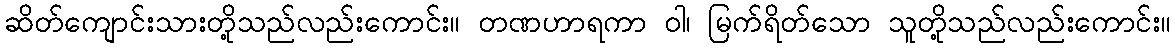
ဆိတ်ကျောင်းသားတို့သည်လည်းကောင်း။ တဏဟာရကာ ဝါ၊ မြက်ရိတ်သော သူတို့သည်လည်းကောင်း။